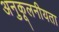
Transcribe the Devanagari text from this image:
अनुकूलनीयता